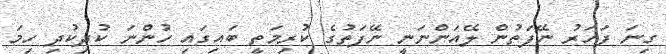
ގިނަ ފަހަރު ނޭފަތުން ލޭއަންނަނީ ނޭފަތުގެ ކުރިމަތީ ބައިގައި ހުންނަ ކުދިކުދި ހިމަ